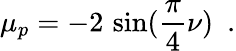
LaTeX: \mu_{p}=-2\, \sin(\frac{\pi}{4}\nu)~~.